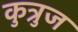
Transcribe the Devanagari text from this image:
कुत्रुज